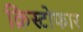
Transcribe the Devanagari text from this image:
क्रिस्टोफार